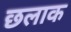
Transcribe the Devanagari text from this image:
छलाक